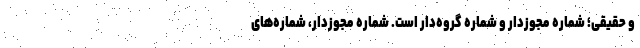
و حقیقی؛ شماره مجوزدار و شماره گروه‌دار است. شماره مجوزدار، شماره‌های